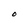
Character: O